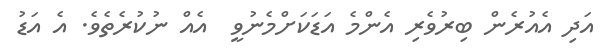
އަދި އެއުރެން ބިރުވެރި އެންމެ އަޑަކަށްމެނުވީ  އެއް ނުކުރެތެވެ. އެ އަޑު